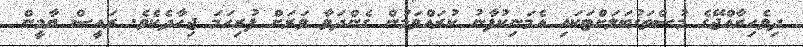
ދިވެހިރާއްޖޭގެ މުސްތަގުބަލަށްޓަކައި އެމަނިކުފާނު ކުރައްވަމުން ގެންދަވާ ވަރަށް ފުރިހަމަ ޖިހާދެކެވެ. ރައީސް ޔާމީން